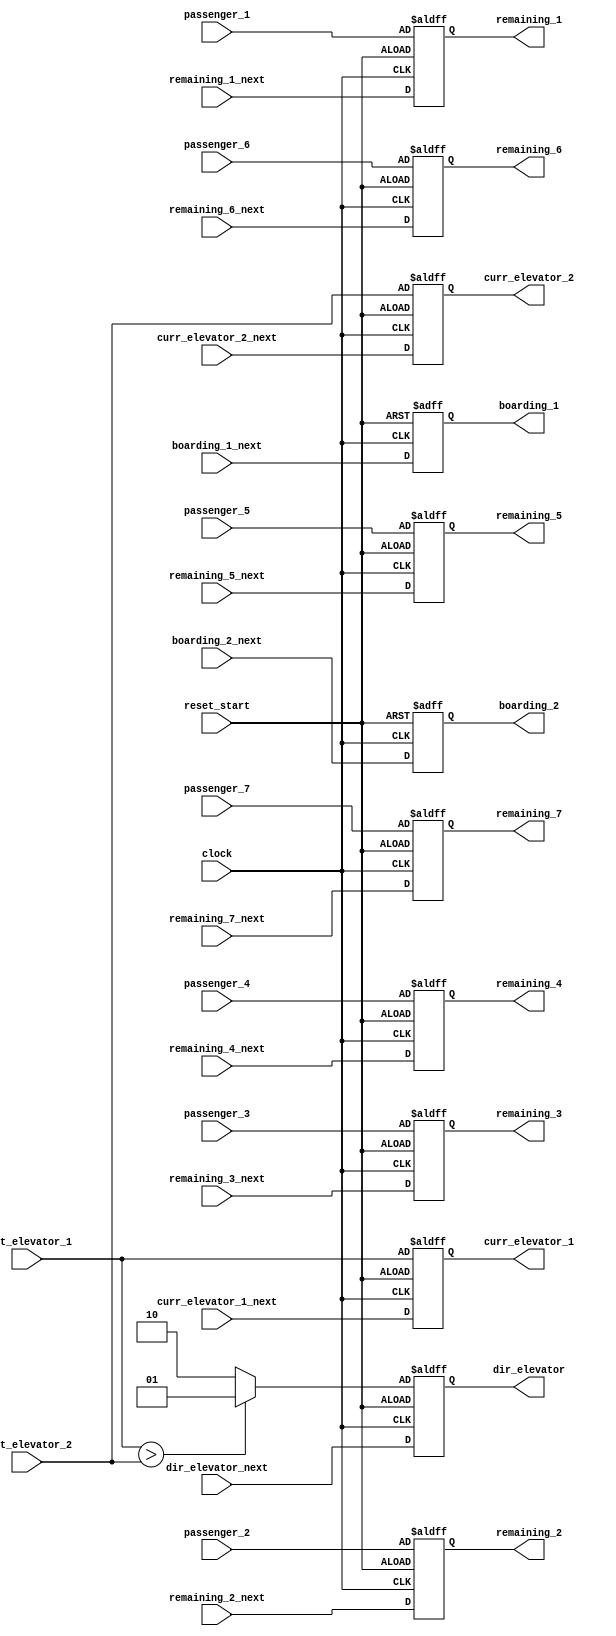
module output_reg(
    input reset_start,
    input clock,
    input [5:0] passenger_1, passenger_2, passenger_3, passenger_4, passenger_5, passenger_6, passenger_7,
    input [2:0] init_elevator_1, init_elevator_2,
    input [1:0] dir_elevator_next,
    input [5:0] remaining_1_next, remaining_2_next, remaining_3_next, remaining_4_next, remaining_5_next, remaining_6_next, remaining_7_next,
    input [5:0] boarding_1_next, boarding_2_next,
    input [2:0] curr_elevator_1_next, curr_elevator_2_next,
    output reg [1:0] dir_elevator,
    output reg [5:0] remaining_1, remaining_2, remaining_3, remaining_4, remaining_5, remaining_6, remaining_7,
    output reg [5:0] boarding_1, boarding_2, 
    output reg [2:0] curr_elevator_1, curr_elevator_2
    );
    always @ (posedge clock or posedge reset_start) begin
        if(reset_start) begin
            dir_elevator <= (init_elevator_1 > init_elevator_2)? 2'b01 : 2'b10;
            {remaining_1, remaining_2, remaining_3, remaining_4, remaining_5, remaining_6, remaining_7} <= {passenger_1, passenger_2, passenger_3, passenger_4, passenger_5, passenger_6, passenger_7};
            {boarding_1, boarding_2} <= 12'b0;
            {curr_elevator_1, curr_elevator_2} <= {init_elevator_1, init_elevator_2};
        end
        else begin
            dir_elevator <= dir_elevator_next;
            {remaining_1, remaining_2, remaining_3, remaining_4, remaining_5, remaining_6, remaining_7} <= {remaining_1_next, remaining_2_next, remaining_3_next, remaining_4_next, remaining_5_next, remaining_6_next, remaining_7_next};
            {boarding_1, boarding_2} <= {boarding_1_next, boarding_2_next};
            {curr_elevator_1, curr_elevator_2} <= {curr_elevator_1_next, curr_elevator_2_next};
        end
    end
endmodule